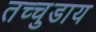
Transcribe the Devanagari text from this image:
तच्चुडाय